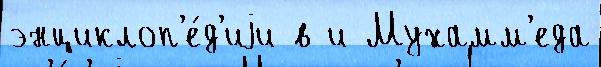
энциклоп'е́д'иjи в и Мухамм'еда